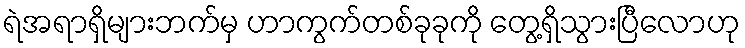
ရဲအရာရှိများဘက်မှ ဟာကွက်တစ်ခုခုကို တွေ့ရှိသွားပြီလောဟု